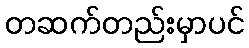
တဆက်တည်းမှာပင်